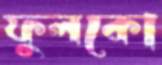
ফুলকো